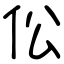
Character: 伀